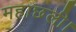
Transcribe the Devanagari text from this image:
महाछली।